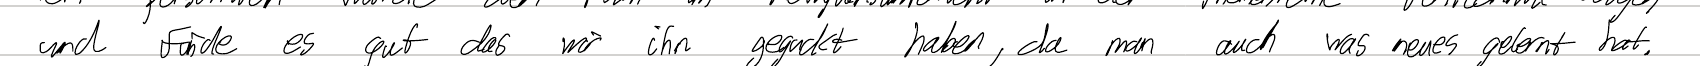
und finde es gut das wir ihn geguckt haben, da man auch was neues gelernt hat.